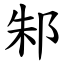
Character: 邾